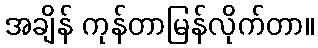
အချိန် ကုန်တာမြန်လိုက်တာ။